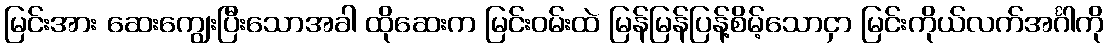
မြင်းအား ဆေးကျွေးပြီးသောအခါ ထိုဆေးက မြင်းဝမ်းထဲ မြန်မြန်ပြန့်စိမ့်သောငှာ မြင်းကိုယ်လက်အင်္ဂါကို